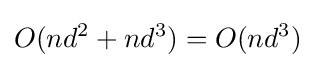
O(nd^{2}+nd^{3})=O(nd^{3})